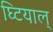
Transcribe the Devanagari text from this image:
घ्टियाल्